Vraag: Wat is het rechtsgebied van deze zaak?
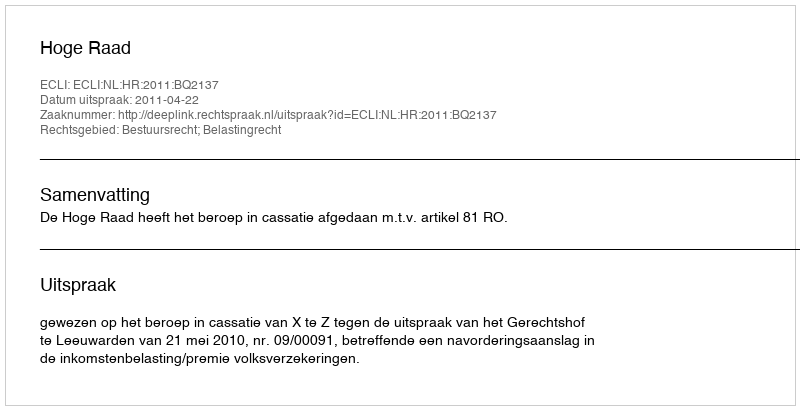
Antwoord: Bestuursrecht; Belastingrecht